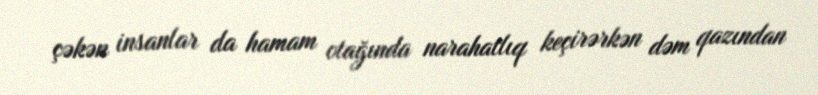
çəkən insanlar da hamam otağında narahatlıq keçirərkən dəm qazından